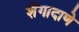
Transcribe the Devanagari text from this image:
शेंगादाणे